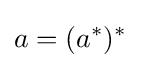
a=(a^{*})^{*}